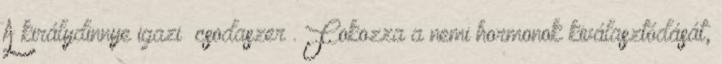
A királydinnye igazi „csodaszer”. Fokozza a nemi hormonok kiválasztódását,